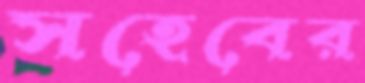
সহেবের